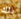
ذلك